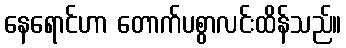
နေရောင်ဟာ တောက်ပစွာလင်းထိန်သည်။